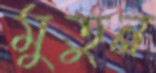
মুতুন